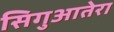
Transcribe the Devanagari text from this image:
सिगुआतेरा